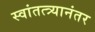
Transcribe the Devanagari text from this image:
स्वांतत्त्र्यानंतर